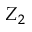
Z _ { 2 }